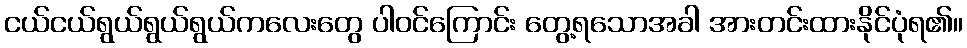
ငယ်ငယ်ရွယ်ရွယ်ရွယ်ကလေးတွေ ပါဝင်ကြောင်း တွေ့ရသောအခါ အားတင်းထားနိုင်ပုံရ၏။